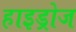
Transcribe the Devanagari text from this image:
हाइड्रोज